Vaccination in Bombay 1863-1868 - 1863-1868
Year: 1863
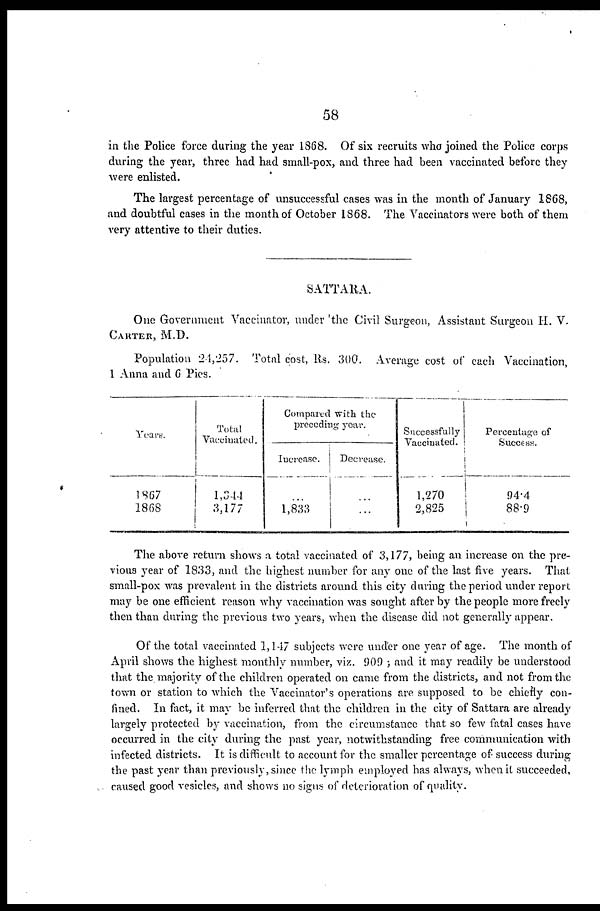
58
in the Police force during the year 1868. Of six recruits who joined the Police corps
during the year, three had had small-pox, and three had been vaccinated before they
were enlisted.
The largest percentage of unsuccessful cases was in the month of January 1868,
and doubtful cases in the month of October 1868. The Vaccinators were both of them
very attentive to their duties.
SATTARA.
One Government Vaccinator, under 'the Civil Surgeon, Assistant Surgeon H. V.
CARTER, M.D.
Population 24,257. Total cost, Rs. 300. Average cost of each Vaccination,
1 Anna and 6 Pies.
Years.
1867
1868
Total
Vaccinated.
1,344
3,177
Compared with the
preceding year.
Increase.
....
1,833
Decrease.
....
....
Successfully
Vaccinated.
1,270
2,825
Percentage of
Success.
94.4
88.9
The above return shows a total vaccinated of 3,177, being an increase on the pre-
vious year of 1833, and the highest number for any one of the last five years. That
small-pox was prevalent in the districts around this city during the period under report
may be one efficient reason why vaccination was sought after by the people more freely
then than during the previous two years, when the disease did not generally appear.
Of the total vaccinated 1,147 subjects were under one year of age. The month of
April shows the highest monthly number, viz. 909 ; and it may readily be understood
that the majority of the children operated on came from the districts, and not from the
town or station to which the Vaccinator's operations are supposed to be chiefly con-
fined. In fact, it may be inferred that the children in the city of Sattara are already
largely protected by vaccination, from the circumstance that so few fatal cases have
occurred in the city during the past year, notwithstanding free communication with
infected districts. It is difficult to account for the smaller percentage of success during
the past year than previously, since the lymph employed has always, when it succeeded,
caused good vesicles, and shows no signs of deterioration of quality.